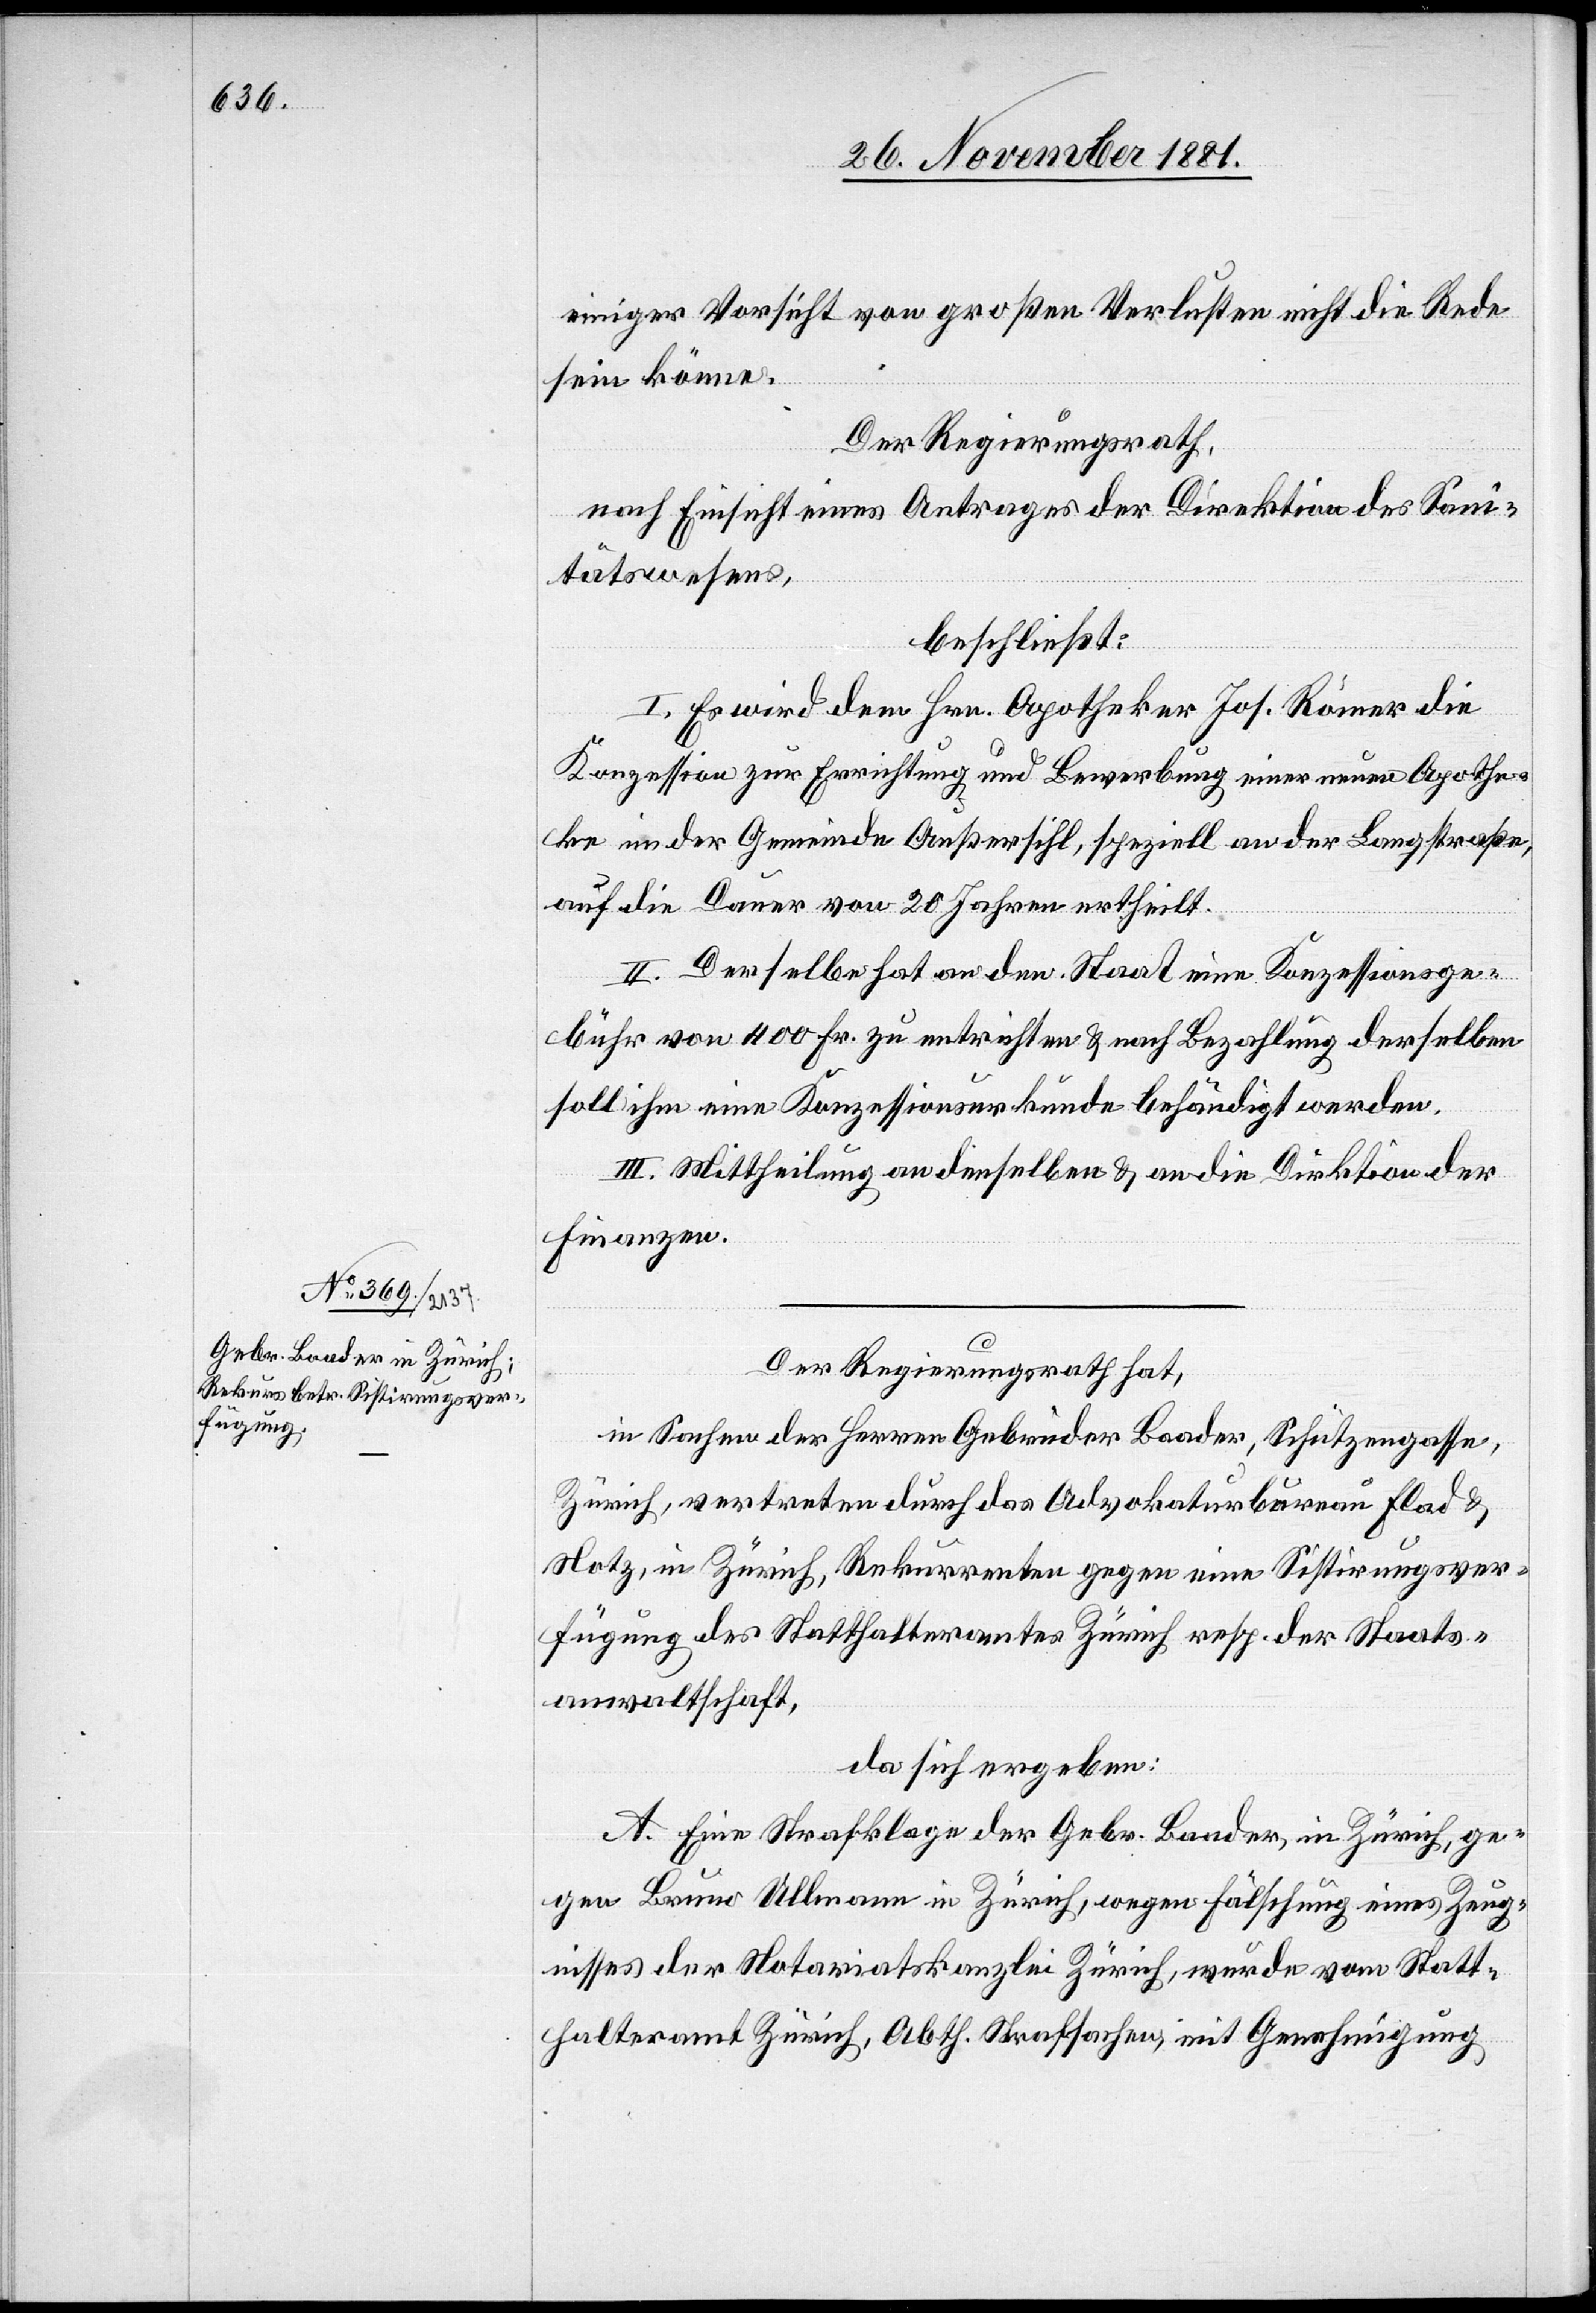
Der Regierungsrath hat,
in Sachen der Herren Gebrüder Baader, Schützengasse,
Zürich, vertreten durch das Advokaturbureau Flad
Notz, in Zürich, Rekurrenten gegen eine Sistirungsver¬
fügung des Statthalteramtes Zürich, resp. der Staats¬
anwaltschaft,
da sich ergeben:
A. Eine Strafklage der Gebr. Baader, in Zürich, ge¬
gen Bruno Ullmann [sic!] in Zürich, wegen Fälschung eines Zeug¬
nisses der Notariatskanzlei Zürich, wurde vom Statt¬
halteramt Zürich, Abth. Strafsachen, mit Genehmigung